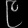
Digit: ၉